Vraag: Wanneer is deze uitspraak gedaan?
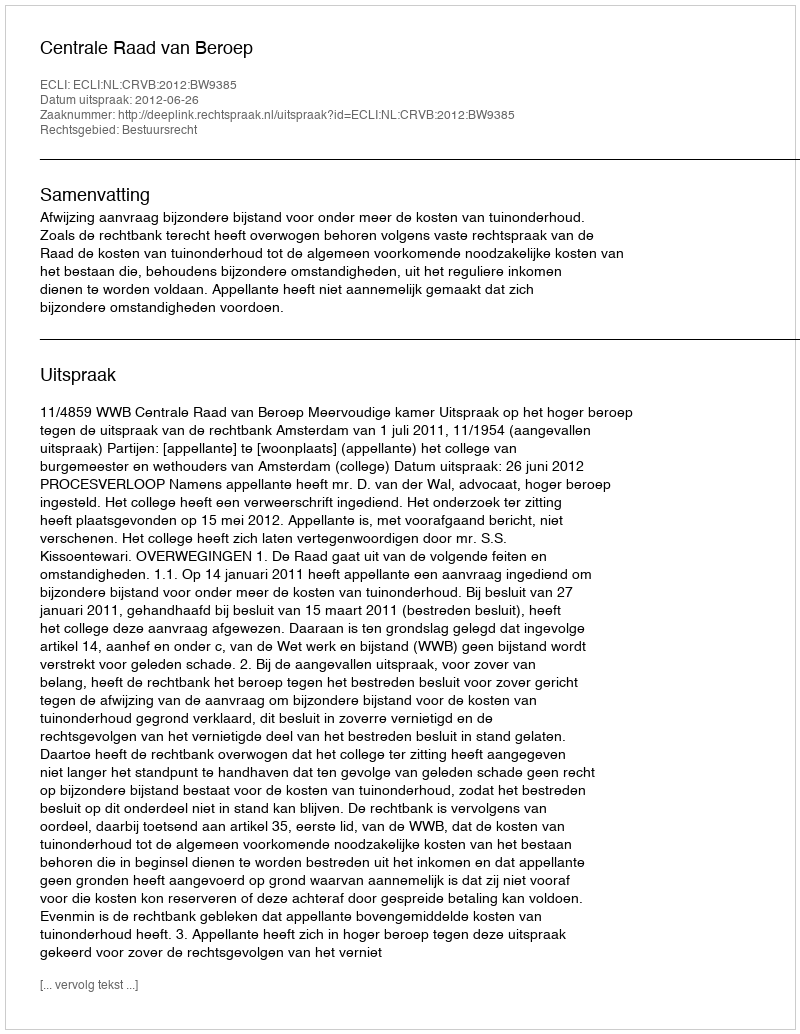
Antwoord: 2012-06-26